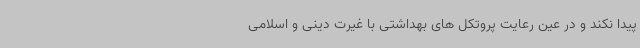
پیدا نکند و در عین رعایت پروتکل های بهداشتی با غیرت دینی و اسلامی